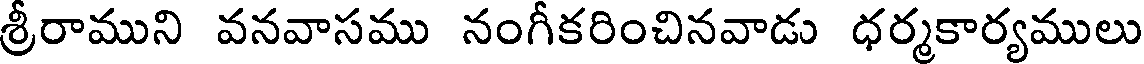
శ్రీరాముని వనవాసము నంగీకరించినవాడు ధర్మకార్యములు